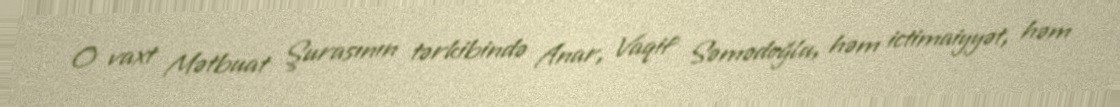
O vaxt Mətbuat Şurasının tərkibində Anar, Vaqif Səmədoğlu, həm ictimaiyyət, həm